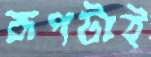
রূপটাই